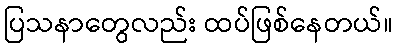
ပြသနာတွေလည်း ထပ်ဖြစ်နေတယ်။